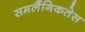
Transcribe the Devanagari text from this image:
समलैंगिकतेस